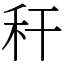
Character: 秆